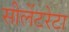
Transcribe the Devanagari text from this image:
सीलेंटरेटा